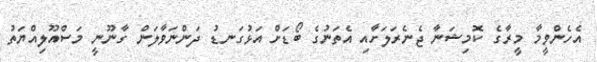
އެހެންވީމާ މީރާގެ ކޮމިޝަނާ ޖެނެރަލަށާއި އެތަނުގެ ބޯޑަށް އަޅުގަނޑު ދަންނަވާލަން ގާނޫނީ މަސްއޫލިއްޔަތު